Annual report on the working of the mental hospitals in the Madras Presidency - 1912-1932
Year: 1912
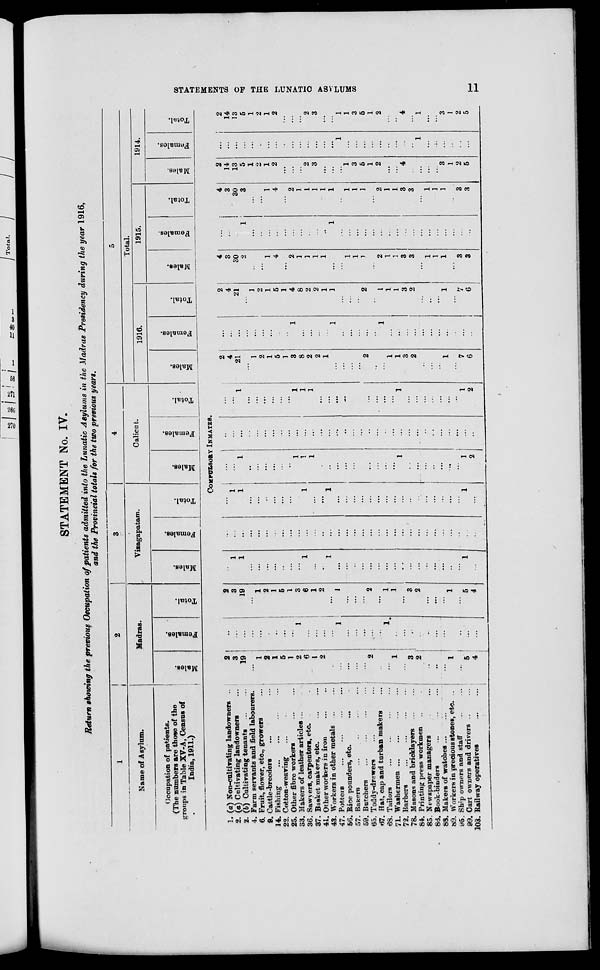
STATEMENTS OF THE LUNATIC ASYLUMS
11
STATEMENT No. IV.
Return showing the previous Occupation of patients admitted into the Lunatic Asylums in the Madras Presidency during the year 1916,
and the Provincial totals for the two previous years.
1
Name of Asylum.
Occupation of patients.
(The numbers are those of the
groups in Table XV-A, Census of
India, 1911.)
2
Madras.
Males.
Females.
Total.
3
Vizagapatam.
Males.
Females.
Total.
4
Calicut.
Males.
Females.
Total.
5
Total.
1916.
Males.
Females.
Total.
1915.
Males.
Females.
Total.
1914.
Males.
Females.
Total.
COMPULSORY INMATES.
1. (a) Non-cultivating landowners ...
2. (a) Cultivating landowners ...
2. (b) Cultivating tenants
...
...
4. Farm servants and field labourers.
6. Fruit, flower, etc., growers ...
9. Cattle-breeders ... ...
14. Fishing ... ... ... ...
22. Cotton-weaving ... ... ...
25. Other fibre workers
...
...
33. Makers of leather articles ... ...
36. Sawyers, carpenters, etc. ... ...
37. Basket makers, etc.
...
...
41. Other workers in iron ... ...
43. Workers in other metals ... ...
47. Potters
...
...
...
...
56. Rice pounders, etc. ... ...
57. Bakers ... ... ... ...
59. Butchers
...
...
...
...
65. Toddy-drawers ... ... ...
67. Hat, cap and turban makers ...
68. Tailors
...
...
...
...
71. Washermen
...
...
...
...
72. Barbers
...
...
...
...
78. Masons and bricklayers
...
...
84. Printing press workmen ... ...
85. Newspaper managers ... ...
86. Book-binders
...
...
...
88. Makers of watches ... ...
89. Workers in precious stones, etc. ...
95. Ship owners and staff ... ...
99. Cart owners and drivers ... ...
103. Railway operatives
...
...
2
3
19
...
1
2
1
5
1
2
6
1
2
...
...
...
...
...
2
...
...
1
...
3
2
...
...
...
1
...
5
4
...
...
...
...
...
...
...
...
...
1
...
...
...
...
1
...
...
...
...
...
1
...
...
...
...
...
...
...
...
...
...
...
2
3
19
...
1
2
1
5
1
3
6
1
2
...
1
...
...
...
2
...
1
1
...
3
2
...
...
...
1
...
5
4
...
1
1
...
...
...
...
...
...
...
1
...
...
1
...
...
...
...
...
...
...
...
...
...
...
...
...
...
...
...
1
...
...
...
...
...
...
...
...
...
...
...
...
...
...
...
...
...
...
...
...
...
...
...
...
...
...
...
...
...
...
...
...
...
...
1
1
...
...
...
...
...
...
...
1
...
...
1
...
...
...
...
...
...
...
...
...
...
...
...
...
...
...
...
1
...
...
...
1
...
...
...
...
...
...
1
1
1
...
...
...
...
...
...
...
...
...
...
1
...
...
...
...
...
...
...
1
2
...
...
...
...
...
...
...
...
...
...
...
...
...
...
...
...
...
...
...
...
...
...
...
...
...
...
...
...
...
...
...
...
...
...
1
...
...
...
...
...
...
1
1
1
...
...
...
...
...
...
...
...
...
...
1
...
...
...
...
...
...
...
1
2
2
4
21
...
1
2
1
5
1
3
8
2
2
1
...
...
...
...
2
...
...
1
1
3
2
...
...
...
1
...
7
6
...
...
...
...
...
...
...
...
...
1
...
...
...
...
1
...
...
...
...
...
1
...
...
...
...
...
...
...
...
...
...
...
2
4
21
...
1
2
1
5
1
4
8
2
2
1
1
...
...
...
2
...
1
1
1
3
2
...
...
...
1
...
7
6
4
3
30
2
...
...
1
4
...
2
1
1
1
1
...
...
1
1
1
...
2
1
1
3
3
...
1
1
1
...
3
3
...
...
...
1
...
...
...
...
...
...
...
...
...
...
1
...
...
...
...
...
...
...
...
...
...
...
...
...
...
...
...
...
4
3
30
3
...
...
1
4
...
2
1
1
1
1
1
...
1
1
1
...
2
1
1
3
3
...
1
1
1
...
3
3
2
14
13
5
1
2
1
2
...
...
...
2
3
...
...
...
1
3
5
1
2
...
...
4
...
...
...
...
3
1
2
5
...
...
...
...
...
...
...
...
...
...
...
...
...
...
...
1
...
...
...
...
...
...
...
...
...
1
...
...
...
...
...
...
2
14
13
5
1
2
1
2
...
...
...
2
3
...
...
1
1
3
5
1
2
...
...
4
...
1
...
...
3
1
2
5